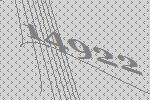
14922